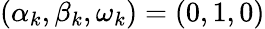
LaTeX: (\alpha_{k},\beta_{k},\omega_{k})=(0,1,0)